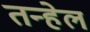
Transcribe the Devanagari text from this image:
तन्हेल